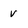
Character: v